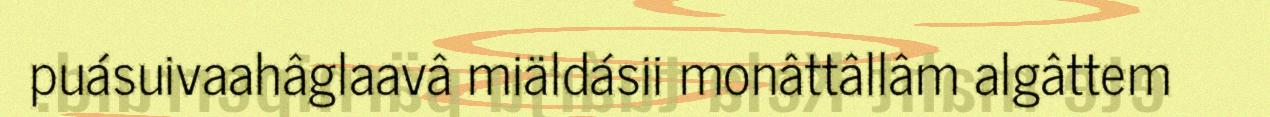
puásuivaahâglaavâ miäldásii monâttâllâm algâttem